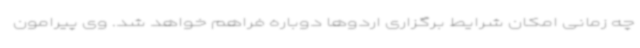
چه زمانی امکان شرایط برگزاری اردوها دوباره فراهم خواهد شد. وی پیرامون